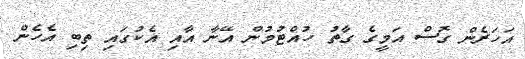
އަހަރެން ގޮސް އަމީގެ ގާތު ހުއްޓުމުން އޭނާ އާއި އެކުގައި ތިބި އެހެން